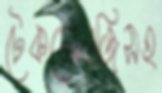
টেকনোলজিসহ